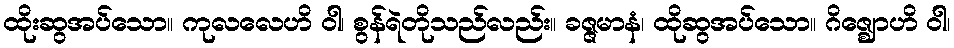
ထိုးဆွအပ်သော။ ကုလလေဟိ ဝါ၊ စွန်ရဲတိုသည်လည်း။ ခဇ္ဇမာနံ၊ ထိုဆွအပ်သော။ ဂိဇ္ဈောဟိ ဝါ၊